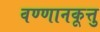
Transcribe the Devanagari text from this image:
वण्णानकूत्तु